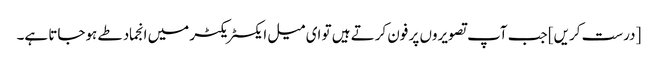
[درست کریں] جب آپ تصویروں پر فون کرتے ہیں تو ای میل ایکسٹریکٹر میں انجماد طے ہوجاتا ہے۔